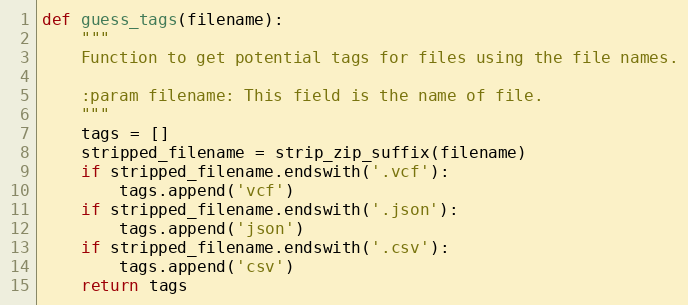
Language: Python
def guess_tags(filename):
    """
    Function to get potential tags for files using the file names.

    :param filename: This field is the name of file.
    """
    tags = []
    stripped_filename = strip_zip_suffix(filename)
    if stripped_filename.endswith('.vcf'):
        tags.append('vcf')
    if stripped_filename.endswith('.json'):
        tags.append('json')
    if stripped_filename.endswith('.csv'):
        tags.append('csv')
    return tags